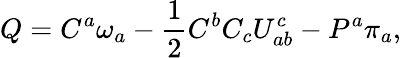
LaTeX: Q=C^{a}\omega_{a}-{\frac{1}{2}}C^{b}C_{c}U_{ab}^{c}-P^{a}\pi_{a},